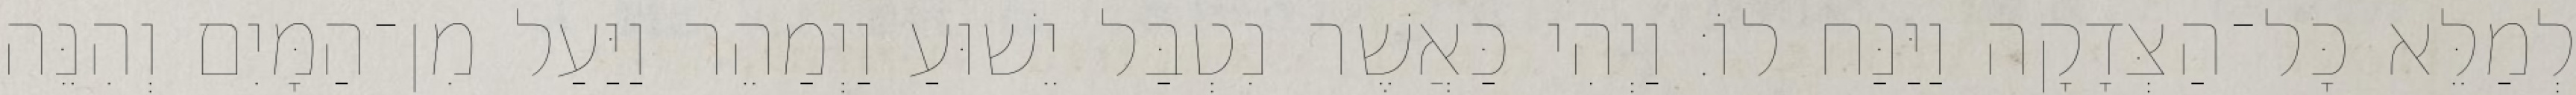
לְמַלֵּא כָּל־הַצְּדָקָה וַיַּנַּח לוֹ׃ וַיְהִי כַּאֲשֶׁר נִטְבַּל יֵשׁוּעַ וַיְמַהֵר וַיַּעַל מִן־הַמָּיִם וְהִנֵּה